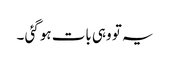
یہ تو وہی بات ہو گئی ۔